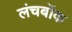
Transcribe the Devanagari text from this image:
लंचबॉक